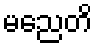
မညေတိ